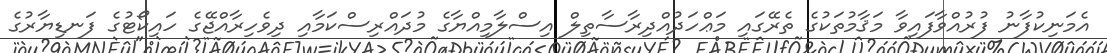
އެމަނިކުފާނު ފުރުއްވާފައިވާ މަޤާމުތަކުގެ ތެރޭގައި މަޢްހަދުއްދިރާސާތިލް އިސްލާމިއްޔާގެ މުދައްރިސްކަމާއި ދިވެހިރާއްޖޭގެ ހައިކޯޓުގެ ފަނޑިޔާރުގެ